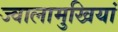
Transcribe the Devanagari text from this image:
ज्वालामुखियां